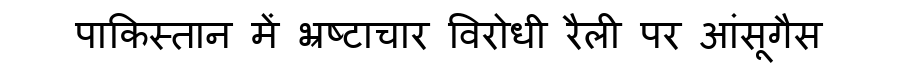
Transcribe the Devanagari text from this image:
पाकिस्तान में भ्रष्टाचार विरोधी रैली पर आंसूगैस